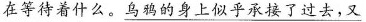
在等待着什么。\underline{乌鸦的身上似乎承接了过去，又}